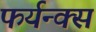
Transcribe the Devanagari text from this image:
फर्यन्क्स